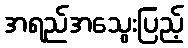
အရည်အသွေးပြည့်